Indian journal of veterinary science and animal husbandry - Volumes 18-21, 1948-1951
Year: 1948
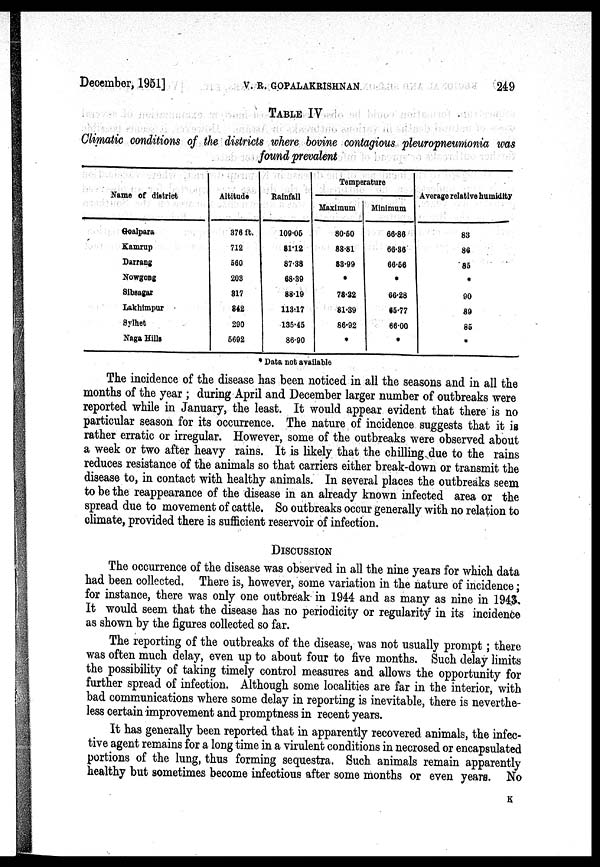
December, 1951]
V.
R.
GOPALAKRISHNAN
249
TABLE IV
Climatic conditions of the districts where bovine contagious pleuropneumonia was
found prevalent
Name of district
Goalpara
Kamrup
Darrang
Nowgong
Sibsagar
Lakhimpur
Sylhet
Naga Hills
Altitude
376 ft.
712
560
203
817
842
290
5692
Rainfall
109.06
81.12
87.88
68.39
88.19
113.17
135.45
86.90
Temperature
Maximum
80.60
88.81
88.99
.
78.32
81.39
86.92
.
Minimum
66.86
66.86
66.66
.
66.28
65.77
66.00
.
Average relative humidity
83
86
85
.
90
89
85
.
* Data not available
The incidence of the disease has been noticed in all the seasons and in all the
months of the year; during April and December larger number of outbreaks were
reported while in January, the least. It would appear evident that there is no
particular season for its occurrence. The nature of incidence suggests that it is
rather erratic or irregular. However, some of the outbreaks were observed about
a week or two after heavy rains. It is likely that the chilling due to the rains
reduces resistance of the animals so that carriers either break.down or transmit the
disease to, in contact with healthy animals. In several places the outbreaks seem
to be the reappearance of the disease in an already known infected area or the
spread due to movement of cattle. So outbreaks occur generally with no relation to
climate, provided there is sufficient reservoir of infection.
DISCUSSION
The occurrence of the disease was observed in all the nine years for which data
had been collected. There is, however, some variation in the nature of incidence;
for instance, there was only one outbreak in 1944 and as many as nine in 1943.
It would seem that the disease has no periodicity or regularity in its incidence
as shown by the figures collected so far.
The reporting of the outbreaks of the disease, was not usually prompt; there
was often much delay, even up to about four to five months. Such delay limits
the possibility of taking timely control measures and allows the opportunity for
further spread of infection. Although some localities are far in the interior, with
bad communications where some delay in reporting is inevitable, there is neverthe-
less certain improvement and promptness in recent years.
It has generally been reported that in apparently recovered animals, the infec-
tive agent remains for a long time in a virulent conditions in necrosed or encapsulated
portions of the lung, thus forming sequestra. Such animals remain apparently
healthy but sometimes become infectious after some months or even years. No
K